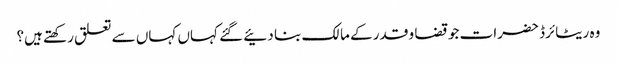
وہ ریٹائرڈ حضرات جو قضا و قدر کے مالک بنا دئیے گئے کہاں کہاں سے تعلق رکھتے ہیں؟